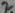
Text: 2